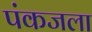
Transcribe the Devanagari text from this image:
पंकजला